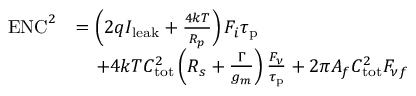
\begin{array} { r l } { \mathrm { E N C } ^ { 2 } } & { = \left( 2 q I _ { \mathrm { l e a k } } + \frac { 4 k T } { R _ { p } } \right) F _ { i } \tau _ { \mathrm { p } } } \\ & { \; \; \; \; + 4 k T C _ { \mathrm { t o t } } ^ { 2 } \left( R _ { s } + \frac { \Gamma } { g _ { m } } \right) \frac { F _ { \nu } } { \tau _ { \mathrm { p } } } + 2 \pi A _ { f } C _ { \mathrm { t o t } } ^ { 2 } F _ { \nu f } } \end{array}